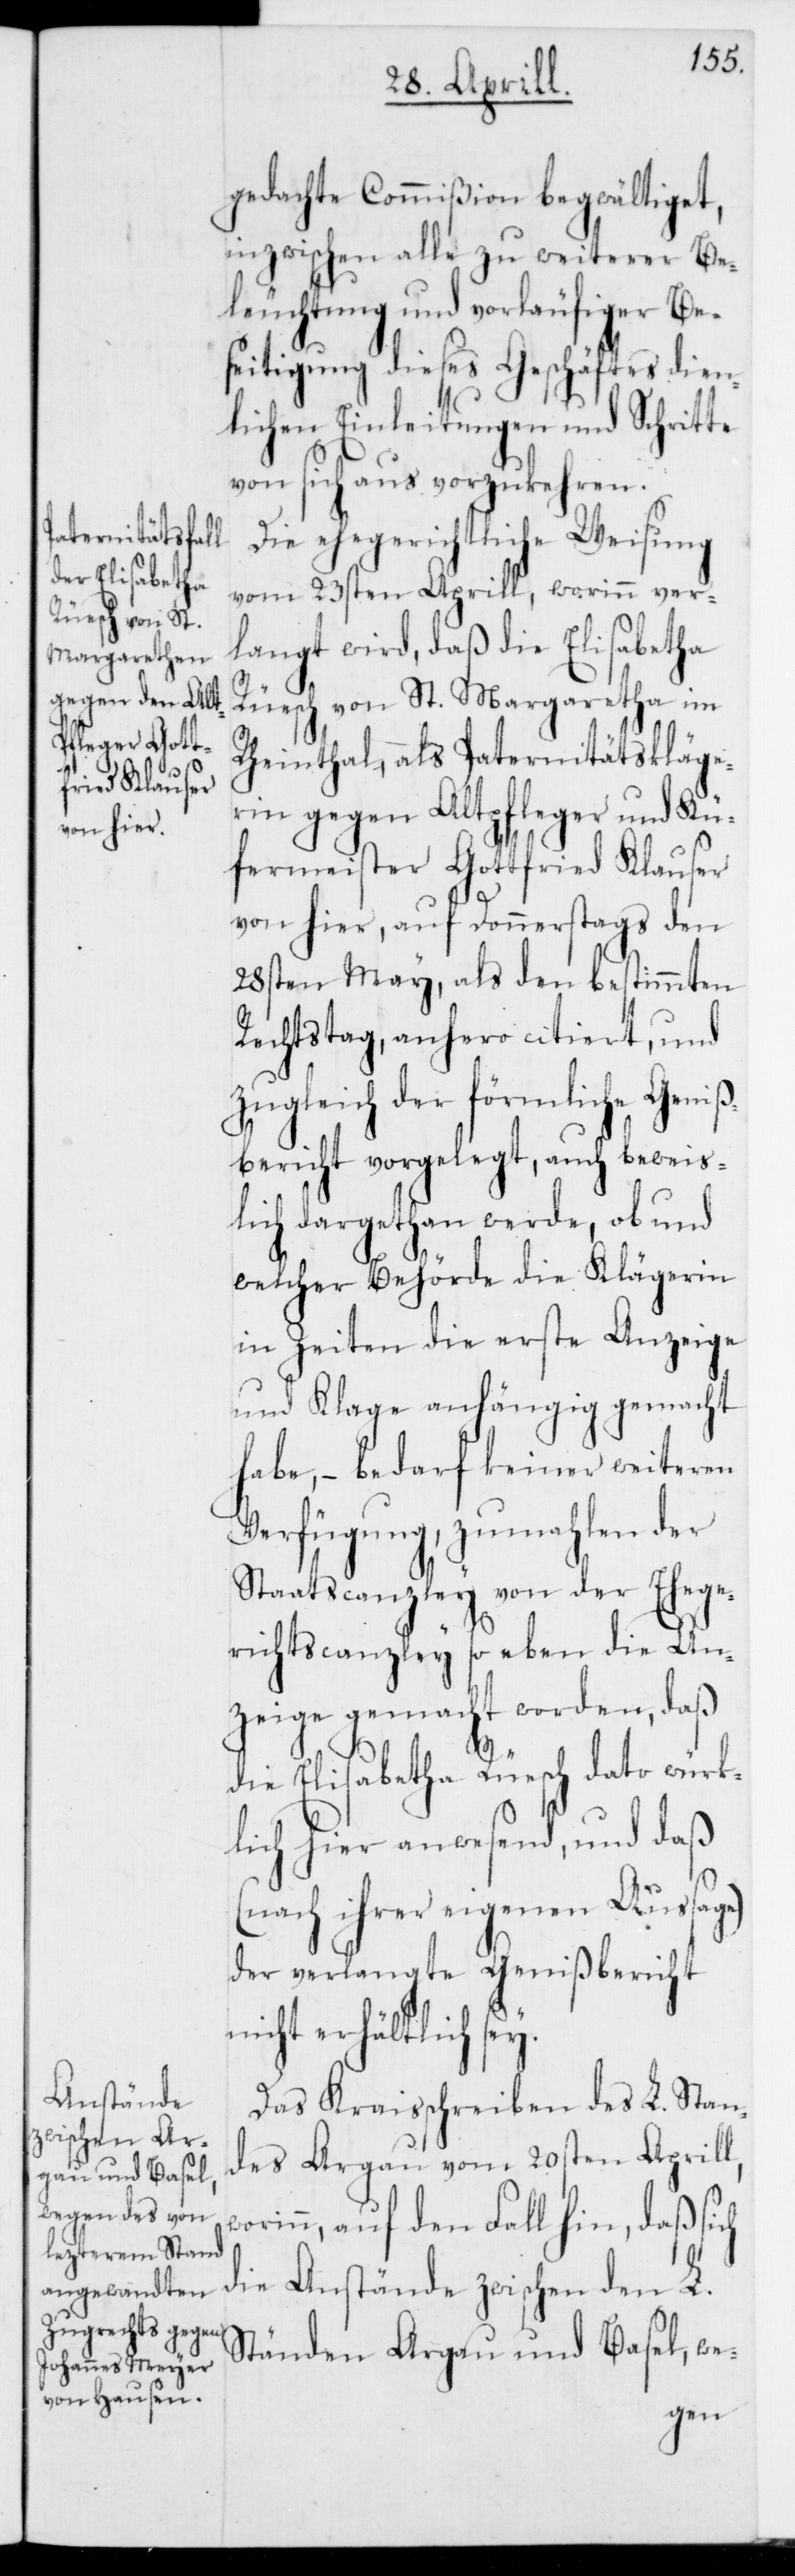
gedachte Commißion begwältiget,
inzwischen alle zu weiterer Be¬
leuchtung und vorläufiger Be¬
seitigung dieses Geschäftes dien¬
lichen Einleitungen und Schritte
von sich aus vorzukehren.
Die ehegerichtliche Weisung
vom 23sten Aprill, worinn ver¬
langt wird, daß die Elisabetha
Rüesch von St. Margretha im
Rheinthal, als Paternitätskläge¬
rin gegen Altpfleger und Kü¬
fermeister Gottfried Klauser
von hier, auf Donnerstags den
28sten May, als den bestimmten
Rechtstag, anhero citiert und
zugleich der förmliche Geniß¬
bericht vorgelegt, auch beweis¬
lich dargethan werde, ob und
welcher Behörde die Klägerin
in Zeiten die erste Anzeige
und Klage anhängig gemacht
habe, – bedarf keiner weiteren
Verfügung, zumahlen der
Staatscanzley von der Ehege¬
richtscanzley soeben die An¬
zeige gemacht worden, daß
die Elisabetha Rüesch dato würk¬
lich hier anwesend, und daß
(nach ihrer eigenen Aussage)
der verlangte Genißbericht
nicht erhältlich sey.
Das Kreisschreiben des L. Stan¬
des Argau vom 20sten Aprill,
worinn, auf den Fall hin, daß sich
die Anstände zwischen den L.
Ständen Argau und Basel, we-